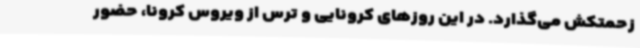
زحمتکش می‌گذارد. در این روزهای کرونایی و ترس از ویروس کرونا، حضور